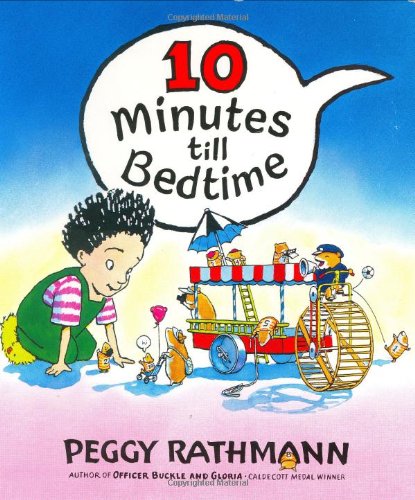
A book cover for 10 Minutes till Bedtime; Peggy Rathmann; Children's Books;